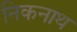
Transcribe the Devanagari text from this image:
निकनाथ